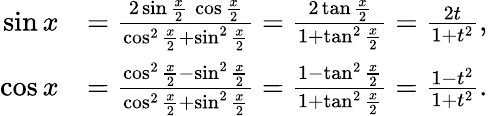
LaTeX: {\begin{array}{rl}{\sin x}&{={\frac{2\sin{\frac{x}{2}}\, \cos{\frac{x}{2}}}{\cos^{2}{\frac{x}{2}}+\sin^{2}{\frac{x}{2}}}}={\frac{2\tan{\frac{x}{2}}}{1+\tan^{2}{\frac{x}{2}}}}={\frac{2t}{1+t^{2}}},}\\ {\cos x}&{={\frac{\cos^{2}{\frac{x}{2}}-\sin^{2}{\frac{x}{2}}}{\cos^{2}{\frac{x}{2}}+\sin^{2}{\frac{x}{2}}}}={\frac{1-\tan^{2}{\frac{x}{2}}}{1+\tan^{2}{\frac{x}{2}}}}={\frac{1-t^{2}}{1+t^{2}}}.}\end{array}}